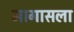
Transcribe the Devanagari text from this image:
मागासला